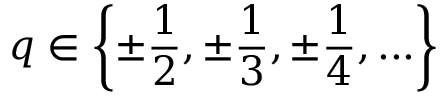
q \in \left\{ \pm { \frac { 1 } { 2 } } , \pm { \frac { 1 } { 3 } } , \pm { \frac { 1 } { 4 } } , . . . \right\}